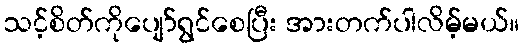
သင့်စိတ်ကိုပျော်ရွင်စေပြီး အားတက်ပါလိမ့်မယ်။